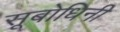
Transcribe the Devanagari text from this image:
सूबोधिनी